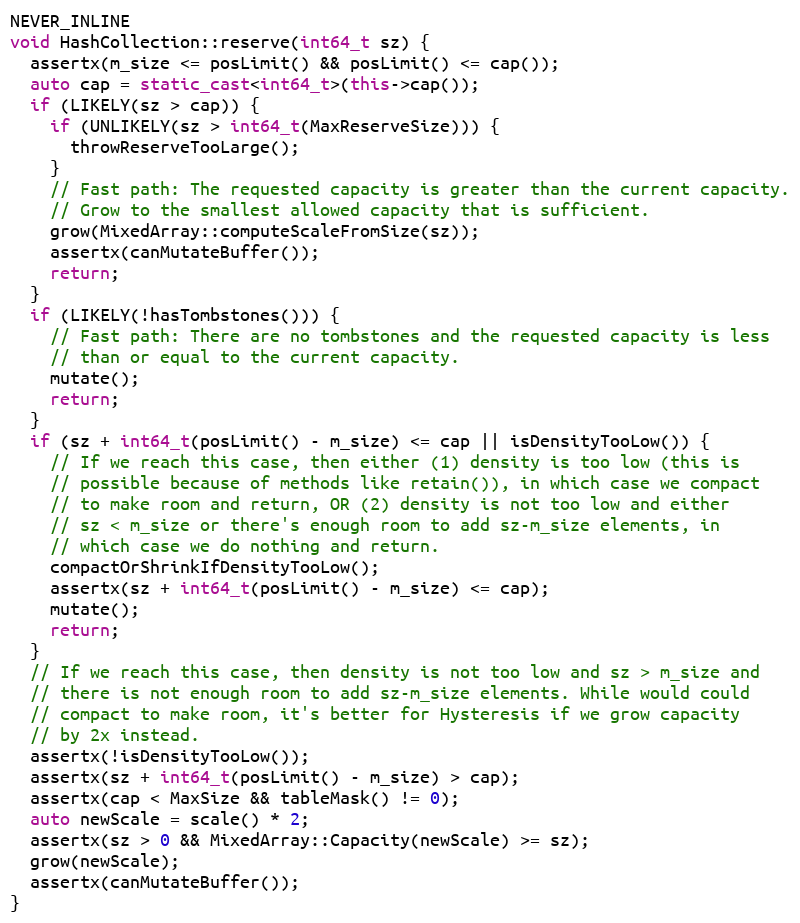
Language: C++
NEVER_INLINE
void HashCollection::reserve(int64_t sz) {
  assertx(m_size <= posLimit() && posLimit() <= cap());
  auto cap = static_cast<int64_t>(this->cap());
  if (LIKELY(sz > cap)) {
    if (UNLIKELY(sz > int64_t(MaxReserveSize))) {
      throwReserveTooLarge();
    }
    // Fast path: The requested capacity is greater than the current capacity.
    // Grow to the smallest allowed capacity that is sufficient.
    grow(MixedArray::computeScaleFromSize(sz));
    assertx(canMutateBuffer());
    return;
  }
  if (LIKELY(!hasTombstones())) {
    // Fast path: There are no tombstones and the requested capacity is less
    // than or equal to the current capacity.
    mutate();
    return;
  }
  if (sz + int64_t(posLimit() - m_size) <= cap || isDensityTooLow()) {
    // If we reach this case, then either (1) density is too low (this is
    // possible because of methods like retain()), in which case we compact
    // to make room and return, OR (2) density is not too low and either
    // sz < m_size or there's enough room to add sz-m_size elements, in
    // which case we do nothing and return.
    compactOrShrinkIfDensityTooLow();
    assertx(sz + int64_t(posLimit() - m_size) <= cap);
    mutate();
    return;
  }
  // If we reach this case, then density is not too low and sz > m_size and
  // there is not enough room to add sz-m_size elements. While would could
  // compact to make room, it's better for Hysteresis if we grow capacity
  // by 2x instead.
  assertx(!isDensityTooLow());
  assertx(sz + int64_t(posLimit() - m_size) > cap);
  assertx(cap < MaxSize && tableMask() != 0);
  auto newScale = scale() * 2;
  assertx(sz > 0 && MixedArray::Capacity(newScale) >= sz);
  grow(newScale);
  assertx(canMutateBuffer());
}